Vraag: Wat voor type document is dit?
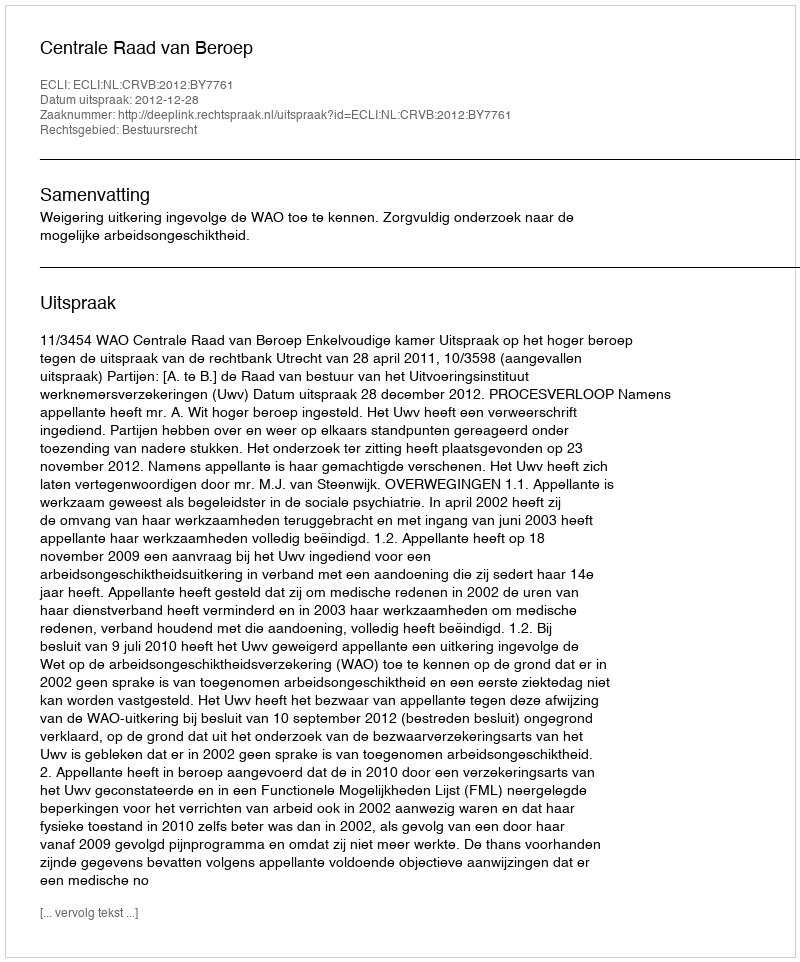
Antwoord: Uitspraak